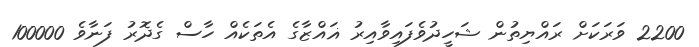
2200 ވަރަކަށް ރައްޔިތުން ޝަހީދުވެފައިވާއިރު ޣައްޒާގެ އެތަކެއް ހާސް ގެދޮރު ފަނާވެ 100000